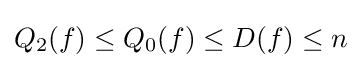
Q_{2}(f)\leq Q_{0}(f)\leq D(f)\leq n